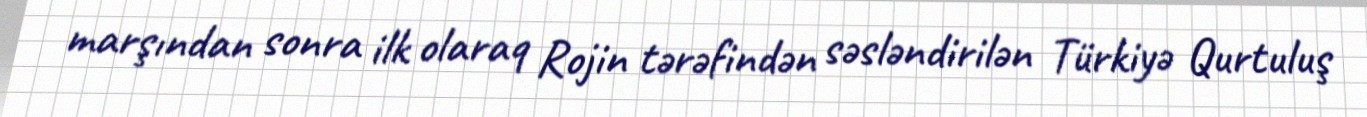
marşından sonra ilk olaraq Rojin tərəfindən səsləndirilən Türkiyə Qurtuluş